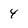
Character: 4